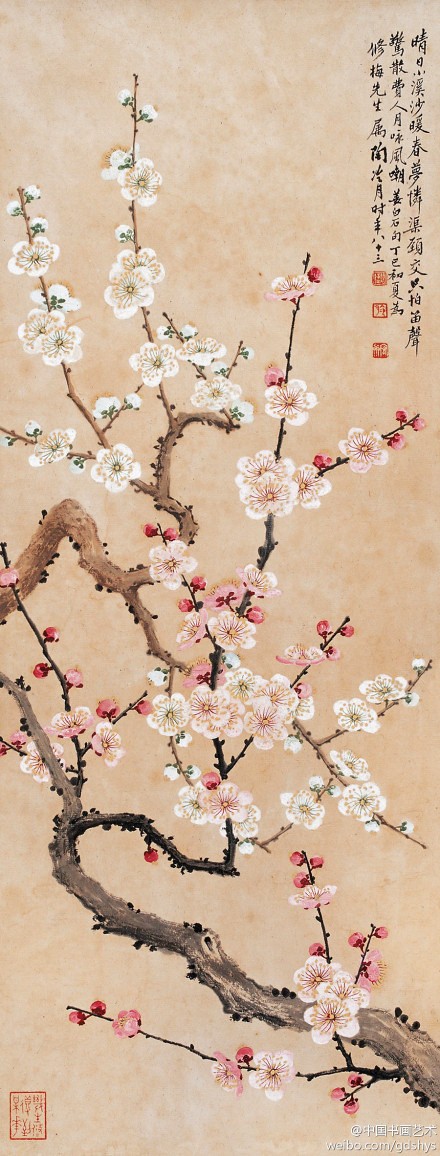
江寒水不流，鱼嚼梅花影。